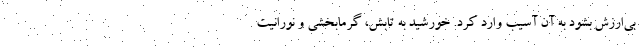
بی‌ارزش بشود به آن آسیب وارد کرد. خورشید به تابش، گرمابخشی و نورانیت